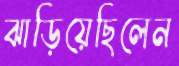
ঝাড়িয়েছিলেন